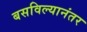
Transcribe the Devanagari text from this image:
बसविल्यानंतर